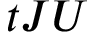
t J U